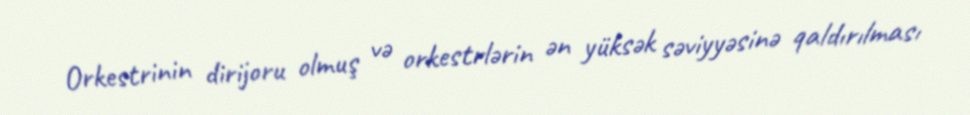
Orkestrinin dirijoru olmuş və orkestrlərin ən yüksək səviyyəsinə qaldırılması